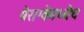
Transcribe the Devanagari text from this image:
पेराग्वेमध्येच